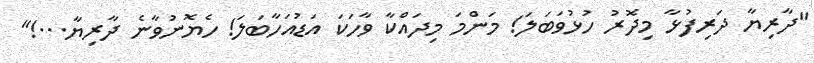
"ދާރިޔާ ދަރިފުޅާ މިދޮރު ހުޅުވަބަލަ! މަންމަ މިދައްކާ ވާހަކަ އަޑުއަހާބަލަ! ހެޔޮނުވާނެ ދާރިޔާ...!"